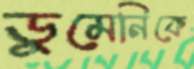
ডুমেনিকে